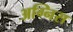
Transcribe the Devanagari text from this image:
अग्निस